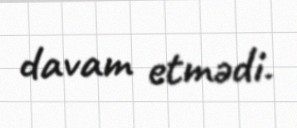
davam etmədi.